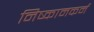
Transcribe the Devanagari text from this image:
निष्कामकर्म